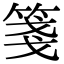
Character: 箋